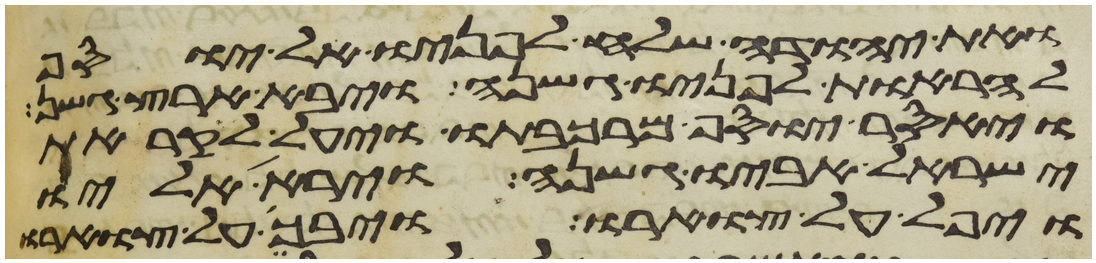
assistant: ואת יהודה שלח לפניו אל יוסף
להראות לפניו גשנה ויבא ארץ גשן
ויאסר יוסף מרכבתו ויעל לקראת
ישראל אביו גשנה וירא אליו
ויפל על צוארו ויבך על צוארו